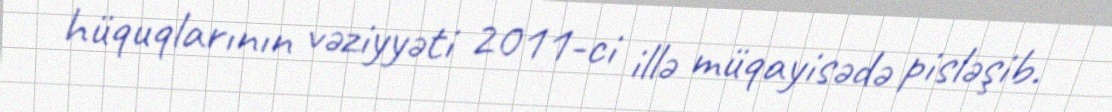
hüquqlarının vəziyyəti 2011-ci illə müqayisədə pisləşib.